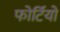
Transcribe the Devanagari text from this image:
फोर्टियो